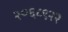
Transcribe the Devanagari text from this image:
२०६८९२२